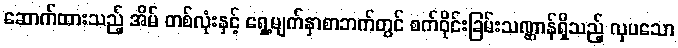
ဆောက်ထားသည့် အိမ် တစ်လုံးနှင့် ရှေ့မျက်နှာစာဘက်တွင် စက်ဝိုင်းခြမ်းသဏ္ဌာန်ရှိသည့် လှပသော